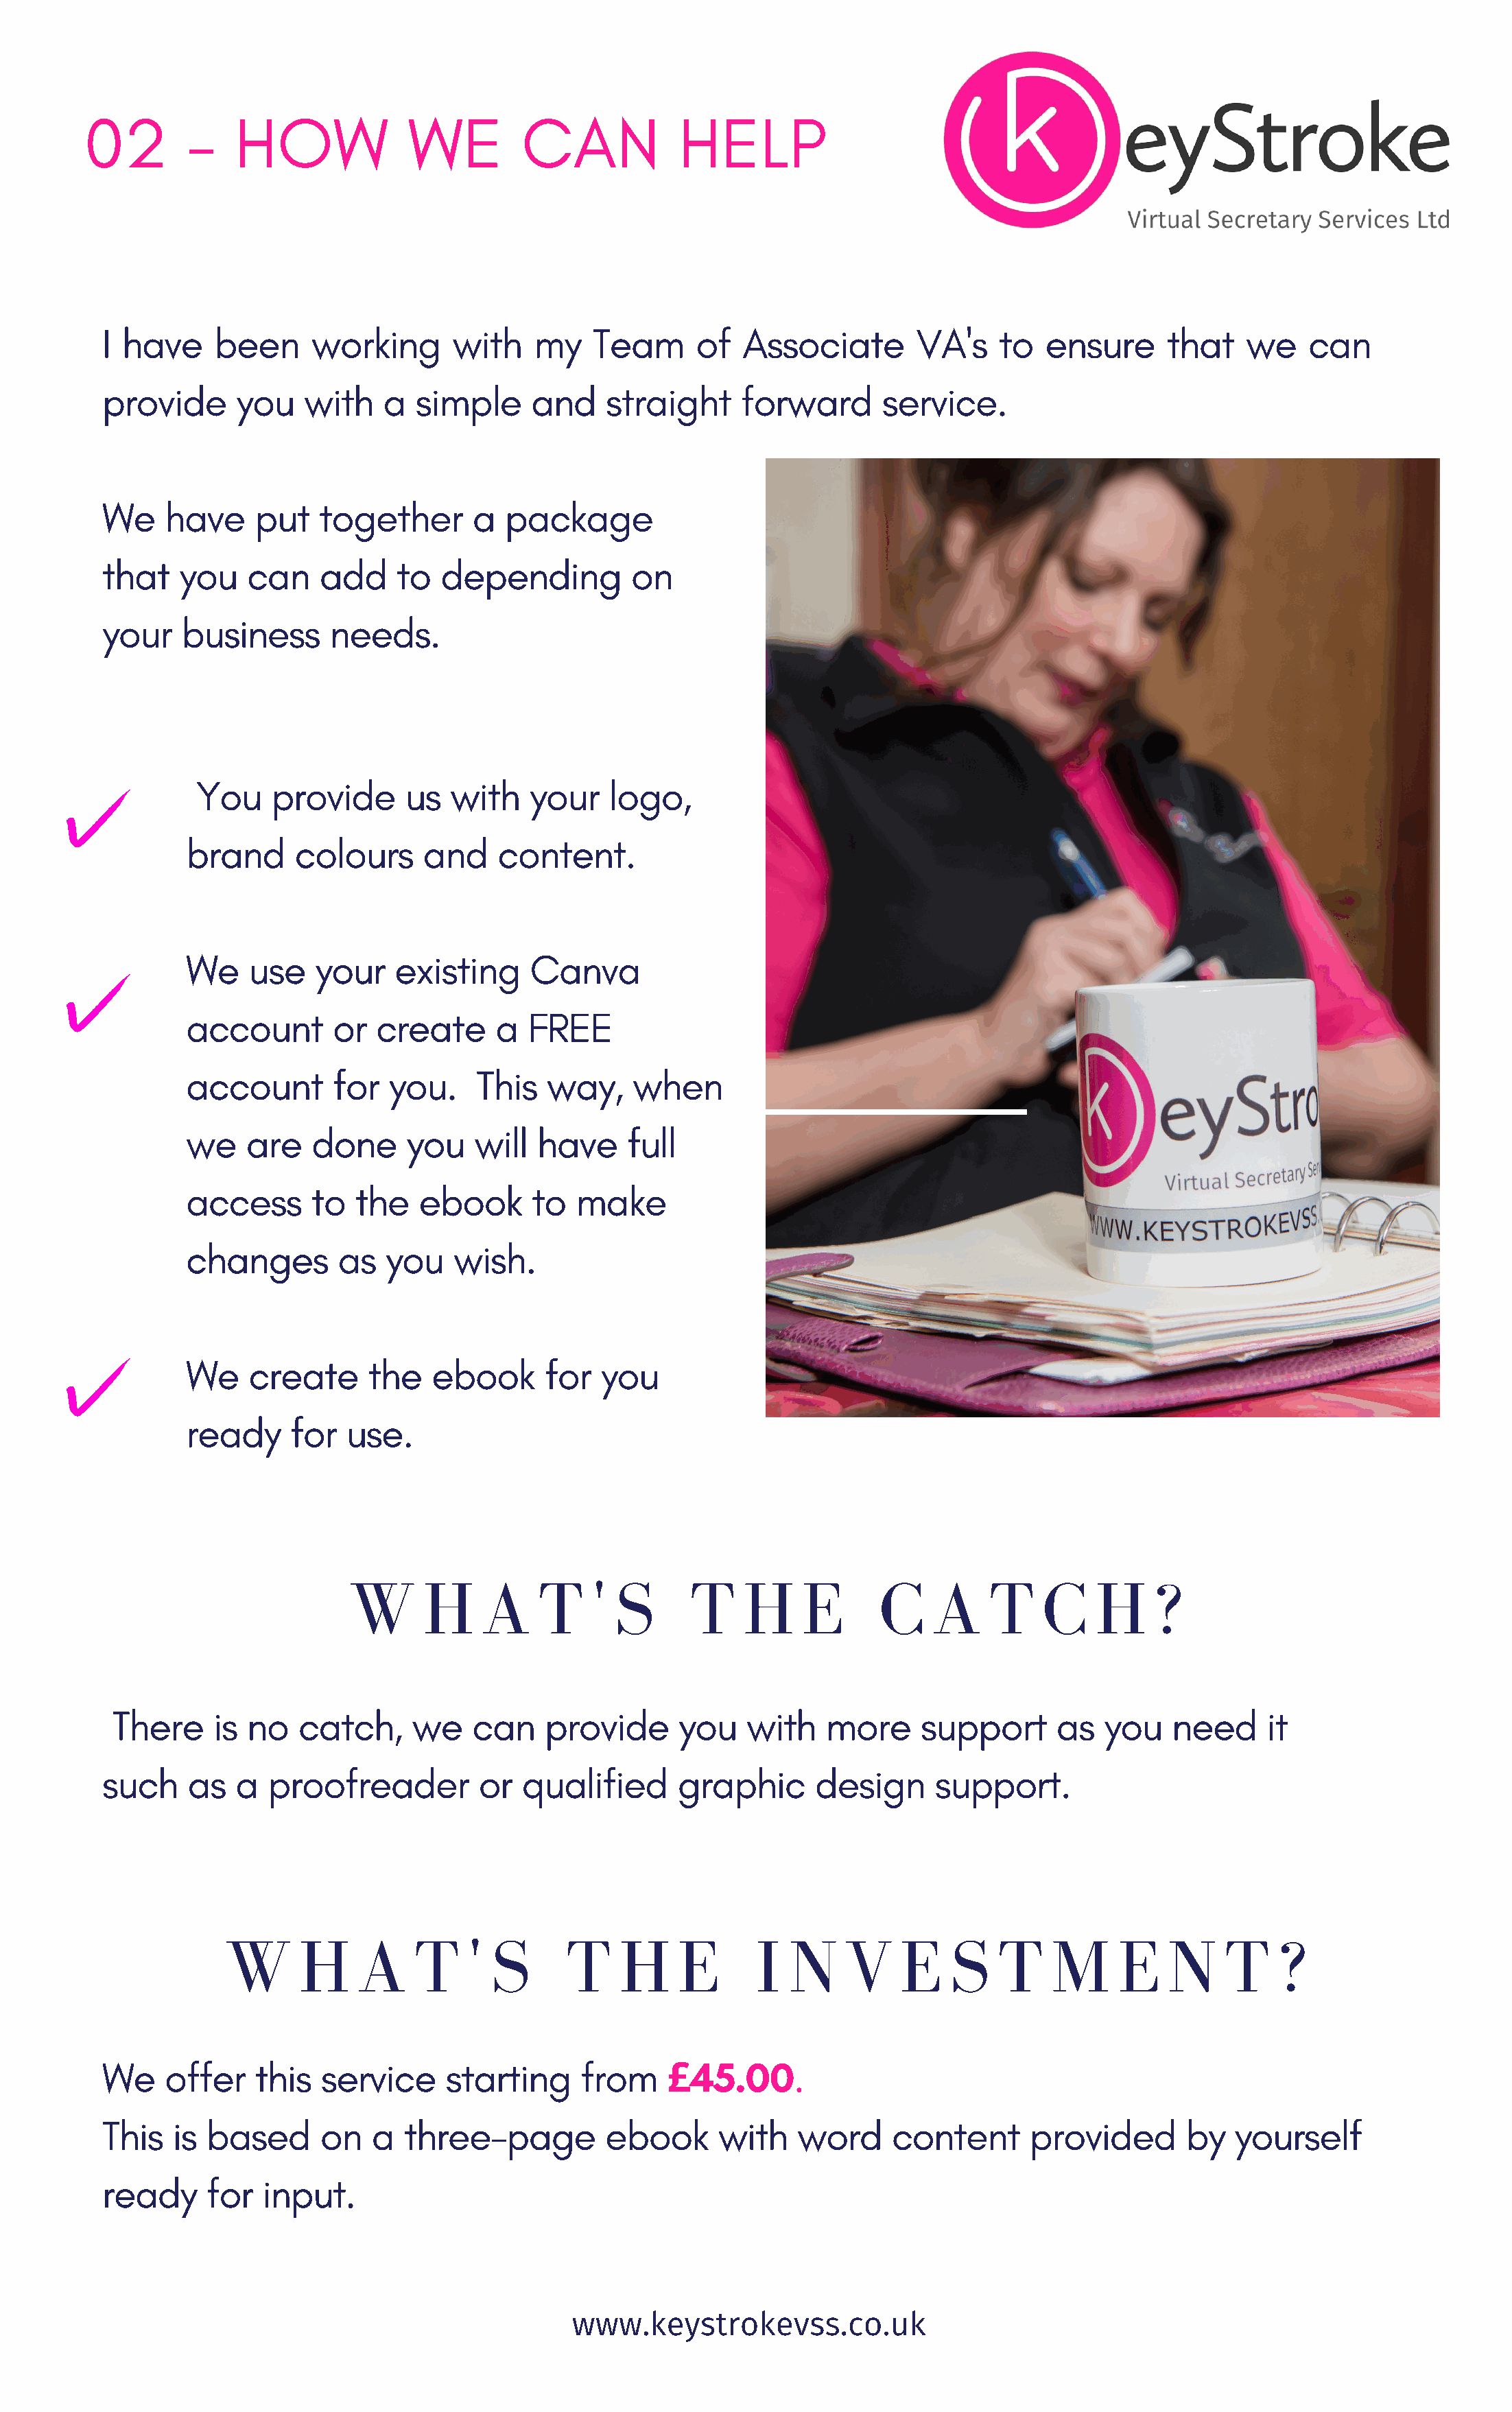
02        -    HOW             WE         CAN            HELP
 I have     been     working       with   my    Team      of   Associate       VA's    to   ensure      that   we    can
 provide      you   with    a  simple     and    straight     forward       service.
 We    have     put   together       a  package
 that   you    can    add    to  depending          on
 your    business      needs.
 You    provide      us  with    your    logo,
 brand     colours      and    content.
 We    use   your    existing     Canva
 account       or  create      a  FREE
 account       for   you.    This   way,    when
 we    are   done     you    will  have    full
 access      to  the   ebook      to   make
 changes        as  you    wish.
 We    create     the    ebook      for  you
 ready     for  use.
 W      H    A     T    ' S       T    H    E       C    A    T     C    H    ?
 There     is no   catch,     we    can    provide     you    with    more     support      as  you    need     it
 such    as   a  proofreader         or  qualified      graphic       design     support.
 W      H    A     T    ' S       T    H    E       I  N     V    E    S   T    M      E    N    T    ?
 We    offer    this  service     starting     from       45.00.
 £
 This   is based      on   a  three-page         ebook      with    word     content      provided       by   yourself
 ready     for  input.
 www.keystrokevss.co.uk